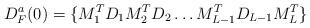
LaTeX: \begin{align*}D^a_F(0) = \{M_1^T D_1 M_2^TD_2 \ldots M_{L-1}^T D_{L-1} M_L^T\}\end{align*}